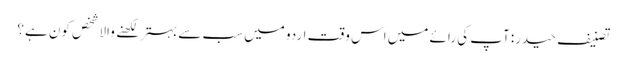
تصنیف حیدر: آپ کی رائے میں اس وقت اردو میں سب سے بہتر لکھنے والا شخص کون ہے؟